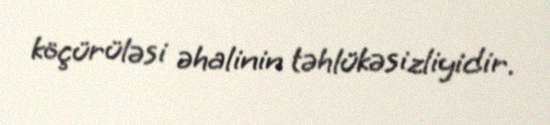
köçürüləsi əhalinin təhlükəsizliyidir.